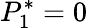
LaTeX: P_{1}^{*}=0